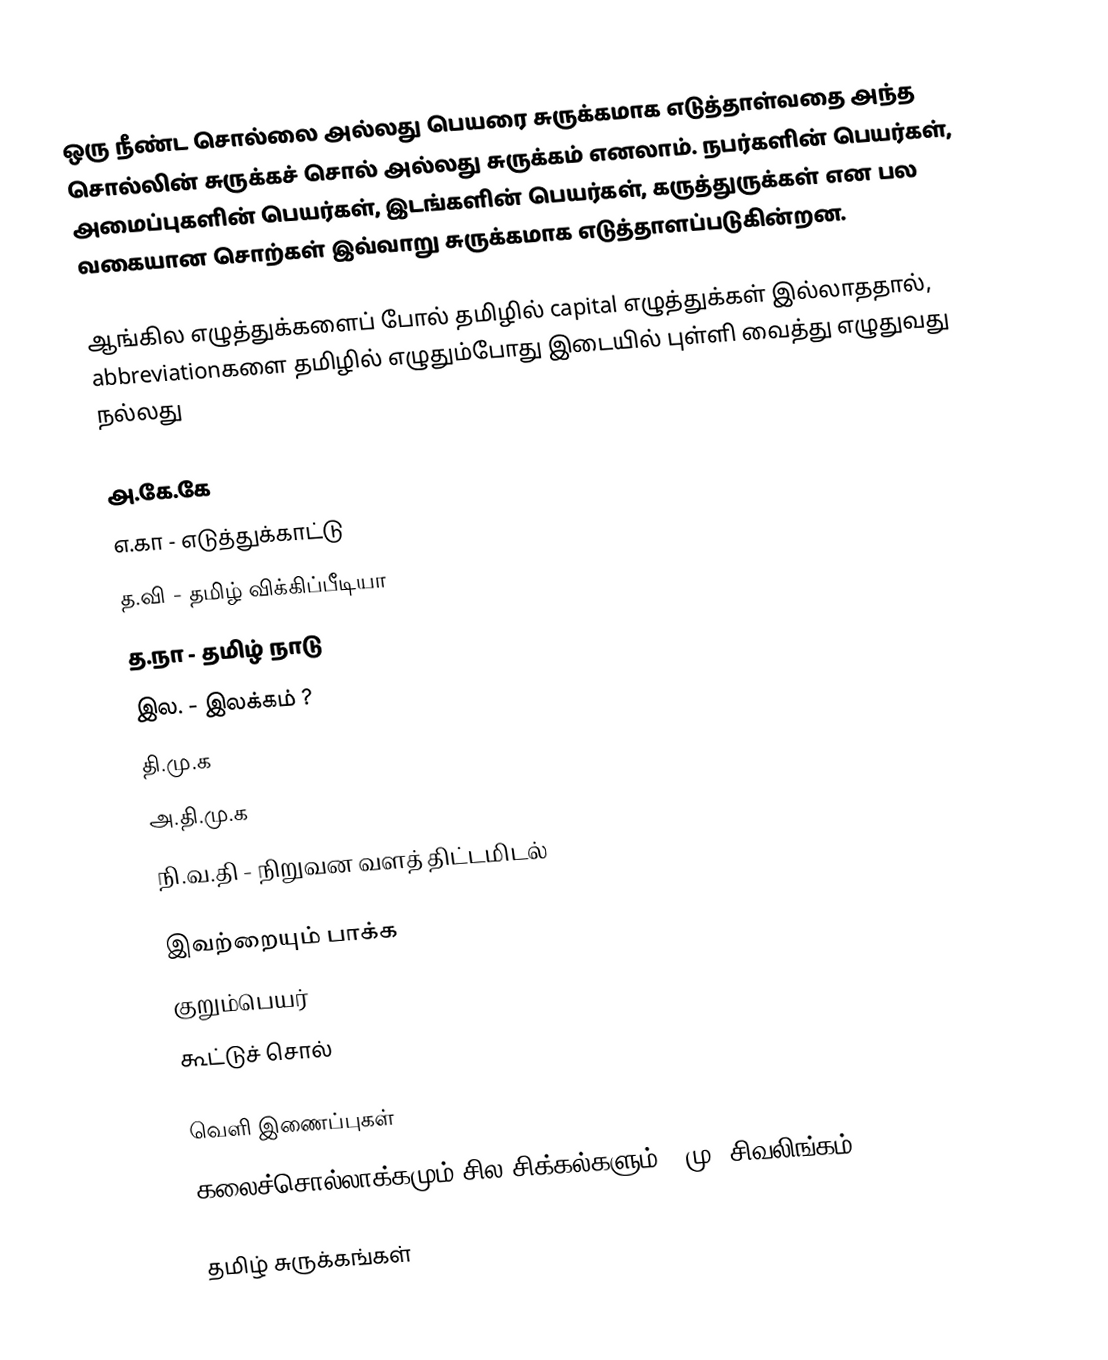
ஒரு நீண்ட சொல்லை அல்லது பெயரை சுருக்கமாக எடுத்தாள்வதை அந்த சொல்லின் சுருக்கச் சொல் அல்லது சுருக்கம் எனலாம்.  நபர்களின் பெயர்கள், அமைப்புகளின் பெயர்கள், இடங்களின் பெயர்கள், கருத்துருக்கள் என பல வகையான சொற்கள் இவ்வாறு சுருக்கமாக எடுத்தாளப்படுகின்றன.

ஆங்கில எழுத்துக்களைப் போல் தமிழில் capital எழுத்துக்கள் இல்லாததால், abbreviationகளை தமிழில் எழுதும்போது இடையில் புள்ளி வைத்து எழுதுவது நல்லது

 அ.கே.கே
 எ.கா - எடுத்துக்காட்டு
 த.வி - தமிழ் விக்கிப்பீடியா
 த.நா - தமிழ் நாடு
 இல. - இலக்கம் ?
 தி.மு.க
 அ.தி.மு.க
 நி.வ.தி - நிறுவன வளத் திட்டமிடல்

இவற்றையும் பாக்க
 குறும்பெயர்
 கூட்டுச் சொல்

வெளி இணைப்புகள்
 கலைச்சொல்லாக்கமும் சில சிக்கல்களும் - மு. சிவலிங்கம்

தமிழ் சுருக்கங்கள்